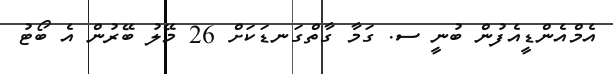
އެމްއެންޑީއެފުން ބުނީ ސ. ގަމާ ގާތްގަނޑަކަށް 26 މޭލު ބޭރުން އެ ބޯޓު